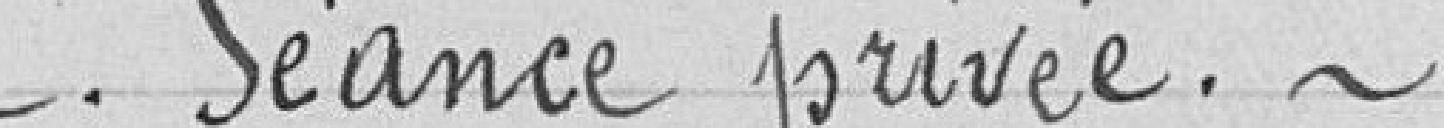
Séance privée